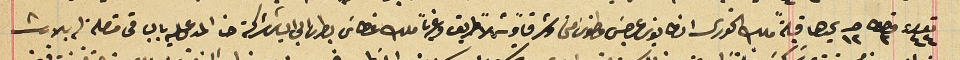
نمرو ٤٤ قيراط ٣ حبه ١٢ يحدها قبلةً ملك الخورى انطانيوس عريضى وطنوسَ متى وشرقاً وشمالاً طريق وغرباً ملك غطاسَ بطرسَ ابى الياسَ تركة حنا المدعى عليه بالباقى متصلة له بالارث